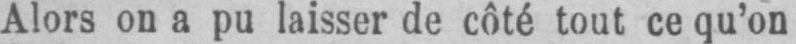
Alors on a pu laisser de côté tout ce qu’on